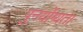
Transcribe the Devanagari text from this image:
पुनर्योग्यता